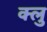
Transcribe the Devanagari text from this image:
क्लु